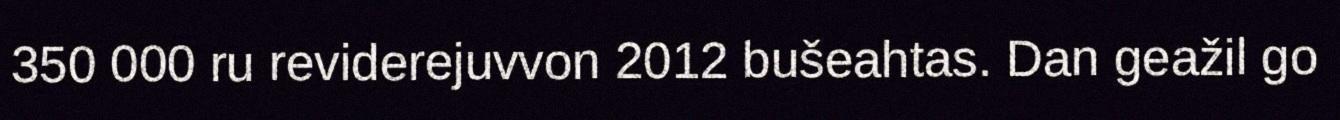
350 000 ru reviderejuvvon 2012 bušeahtas. Dan geažil go